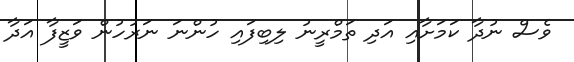
ވެސް ނުދާ ކަމަށާއި އަދި ތަމްރީނު ލިބިފައި ހުންނަ ނަރުހުން ވަޒީފާ އަދާ